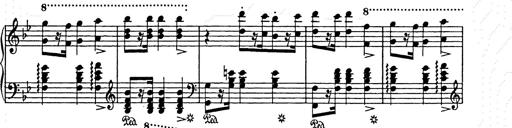
Title: Weihnachtsbaum
Composer: Franz Liszt